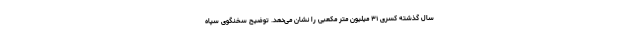
سال گذشته کسری ۳۱ میلیون متر مکعبی را نشان می‌دهد. توضیح سخنگوی سپاه